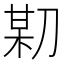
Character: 𠝼